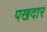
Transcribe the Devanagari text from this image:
पखदार